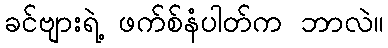
ခင်ဗျားရဲ့ ဖက်စ်နံပါတ်က ဘာလဲ။